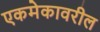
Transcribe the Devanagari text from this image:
एकमेकावरील